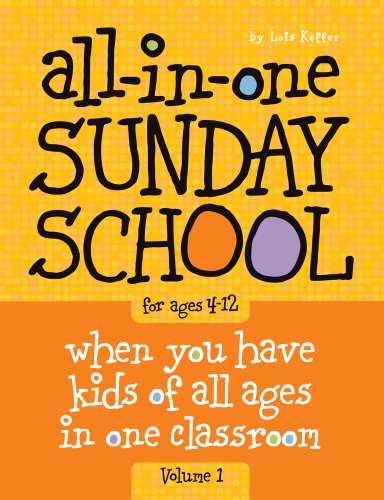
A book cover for All-in-One Sunday School Volume 1: When you have kids of all ages in one classroom; Lois Keffer; Christian Books & Bibles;